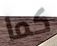
كما